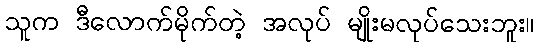
သူက ဒီလောက်မိုက်တဲ့ အလုပ် မျိုးမလုပ်သေးဘူး။